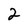
Character: 2